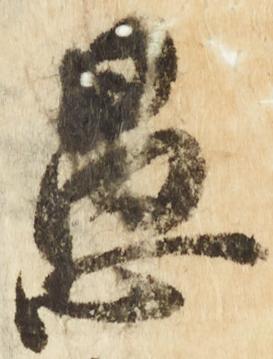
愚